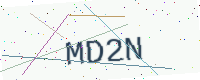
Text: MD2N